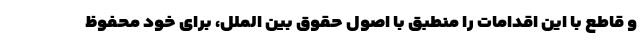
و قاطع با این اقدامات را منطبق با اصول حقوق بین الملل، برای خود محفوظ